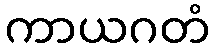
ကာယဂတံ